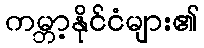
ကမ္ဘာ့နိုင်ငံများ၏